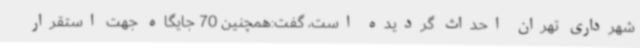
شهرداری تهران احداث گردیده است، گفت:همچنین 70 جایگاه جهت استقرار